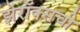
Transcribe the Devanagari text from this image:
झेरॉक्सची